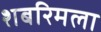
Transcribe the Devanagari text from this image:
शबरिमला